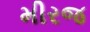
મીરજ